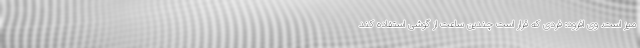
میز است. وی افزود: فردی که قرار است چندین ساعت از گوشی استفاده کند